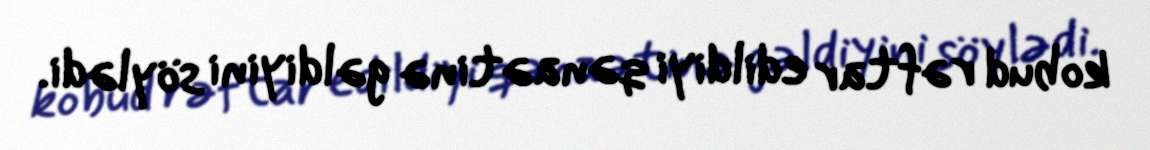
kobud rəftar edildiyi qənaətinə gəldiyini söylədi.